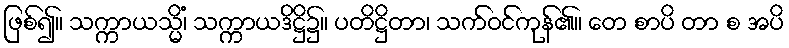
ဖြစ်၍။ သက္ကာယသ္မိံ၊ သက္ကာယဒိဋ္ဌိ၌။ ပတိဋ္ဌိတာ၊ သက်ဝင်ကုန်၏။ တေ စာပိ တာ စ အပိ